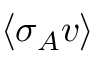
\langle \sigma _ { A } v \rangle